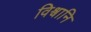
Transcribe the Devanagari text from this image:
विश्वानि